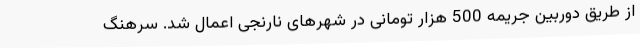
از طریق دوربین جریمه 500 هزار تومانی در شهرهای نارنجی اعمال شد. سرهنگ